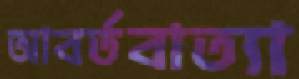
আবর্তবাত্যা